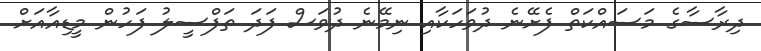
ދިރާސާގެ މަސައްކަތް ފެށޭނެ ދުވަހަކާއި ނިމޭނެ ދުވަސް ފަދަ ތަފްސީލު ފަހުން މީޑިއާއަށް